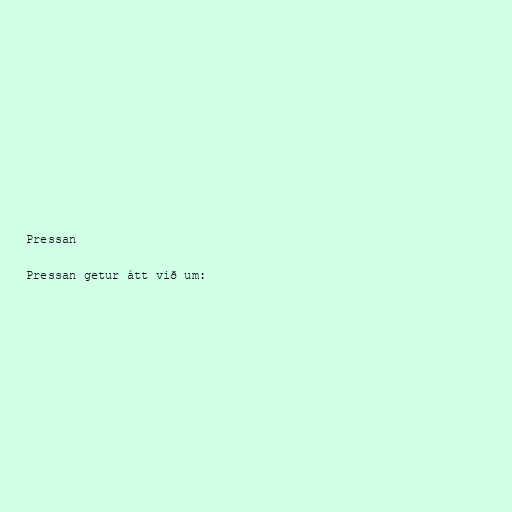
Pressan

Pressan getur átt við um: